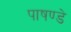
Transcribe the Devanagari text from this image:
पाषण्डे